Annual administration report of the Civil Veterinary Department of India - 1892-1893
Year: 1892
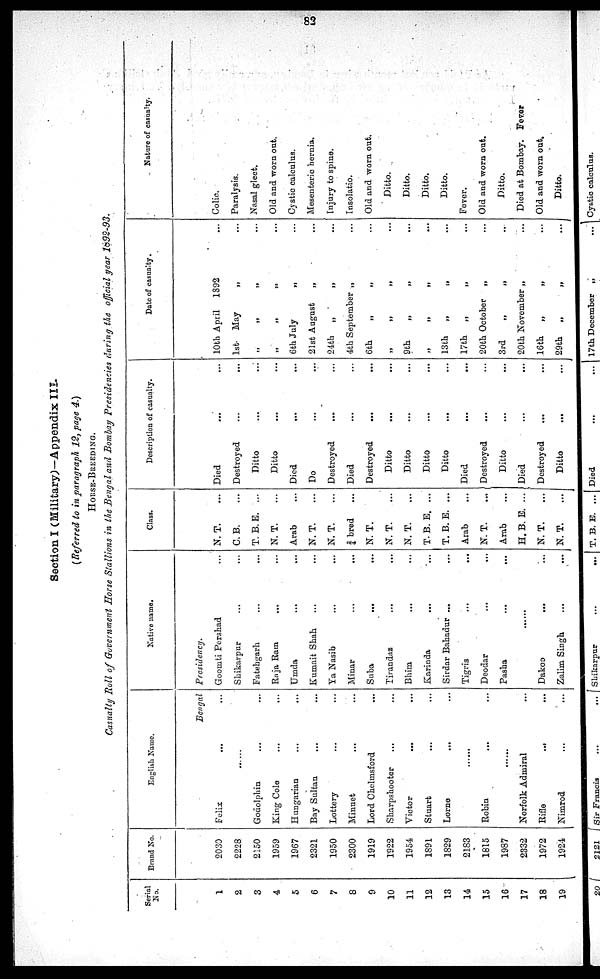
82
Section I (Military.)—Appendix III.
(Referred to in paragraph 12, page 4.)
HOUSE-BREEDING.
Casualty Rull of Government Horse Stallions in the Bengal and Bombay Presidencies during the official year 1892-93.
Serial
No.
1
2
3
4
5
6
7
8
9
10
11
12
13
14
15
16
17
18
19
Brand No.
2030
2228
2150
1959
1967
2321
1950
2300
1919
1922
1954
1891
1829
2183
1815
1987
2332
1972
1924
English Name.
Bengal
Felix ... ...
......
Godolphin ... ...
King Cole ... ...
Hungarian ... ...
Bay Sultan ... ...
Lottery ... ...
Minuet ... ...
Lord Chelmsford ...
Sharpshooter ... ...
Victor
Stuart ... ...
Lorne ... ... ...
......
Robin ... ...
......
Norfolk Admiral ...
Rifle
...
...
Nimrod ... ...
Native name.
Presidency.
Goomti Pershad ...
Shikarpur ... ...
Fatehgarh ... ...
Raja
Ram
... ...
Umda
...
...
Kumait Shah ... ...
Ya Nasib ... ...
Minar ... ...
Suba
...
...
Tirandaz ... ...
Bhim ... ...
Karinda ... ...
Sirdar Bahadur ....
Tigris ... ...
Deodar
...
...
Pasha
...
...
......
Dakoo
... ...
Zalim Singh
...
...
Class.
N. T. ...
C.B. ...
T. B.E. ...
N. T. ...
Arab ...
N. T. ...
N. T. ...
¾ bred ...
N. T. ...
N. T. ...
N. T. ...
T.B. E. ...
T. B. E. ...
Arab ...
N. T.
Arab
H. B. E. ...
N. T. ...
N. T. ...
Description of casualty.
Died ... ...
Destroyed
...
...
Ditto ... ...
Ditto ... ...
Died ... ...
Do ... ...
Destroyed ... ...
Died ... ...
Destroyed
...
...
Ditto
... ...
Ditto ... ...
Ditto ... ...
Ditto ... ...
Died
...
...
Destroyed ... ...
Ditto ... ...
Died ... ...
Destroyed ... ...
Ditto ... ...
Date of casualty.
10th
1st
„
„
6th
21st
24th
4th
6th
„
9th
„
13th
17th
20th
3rd
20th
16th
29th
April
May
„
„
July
August
„
September
„
„
„
„
„
„
October
„
November
„
„
1892
„ ...
„
„ ....
„ ...
„ ...
„ ...
„ ...
„ ...
„ ...
„ ...
„ ...
„ ...
„ ...
„ ...
„ ..
„ ...
„ ...
„ ...
Nature of casualty.
Colic.
Paralysis.
Nasal gleet.
Old and worn out.
Cystic calculus.
Mesenteric hernia.
Injury to spine.
Insolatio.
Old and worn out.
Ditto.
Ditto.
Ditto.
Ditto.
Fever.
Old and worn out.
Ditto.
Died at Bombay. Fever
Old and worn out.
Ditto.